Annual administration report of the Civil Veterinary Department of India - 1892-1893
Year: 1892
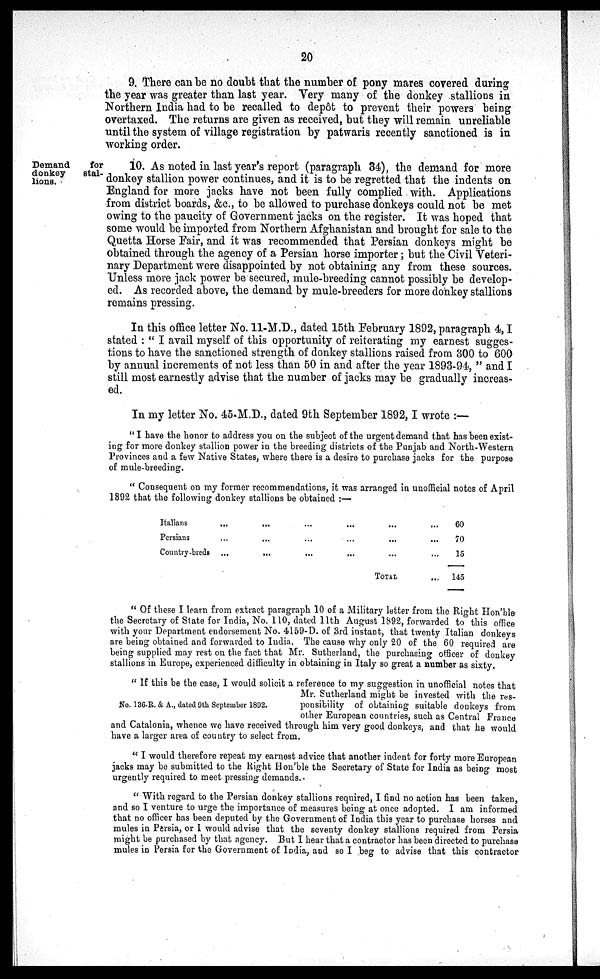
20
9. There can be no doubt that the number of pony mares covered during
the year was greater than last year. Very many of the donkey stallions in
Northern India had to be recalled to depôt to prevent their powers being
overtaxed. The returns are given as received, but they will remain unreliable
until the system of village registration by patwaris recently sanctioned is in
working order.
Demand
for
donkey
stal-
lions.
10. As noted in last year's report (paragraph 34), the demand for more
donkey stallion power continues, and it is to be regretted that the indents on
England for more jacks have not been fully complied with. Applications
from district boards, &c., to be allowed to purchase donkeys could not be met
owing to the paucity of Government jacks on the register. It was hoped that
some would be imported from Northern Afghanistan and brought for sale to the
Quetta Horse Fair, and it was recommended that Persian donkeys might be
obtained through the agency of a Persian horse importer; but the Civil Veteri-
nary Department were disappointed by not obtaining any from these sources.
Unless more jack power be secured, mule-breeding cannot possibly be develop-
ed. As recorded above, the demand by mule-breeders for more donkey stallions
remains pressing.
In this office letter No. 11-M.D., dated 15th February 1892, paragraph 4, I
stated: "I avail myself of this opportunity of reiterating my earnest sugges-
tions to have the sanctioned strength of donkey stallions raised from 300 to 600
by annual increments of not less than 50 in and after the year 1893-94," and I
still most earnestly advise that the number of jacks may be gradually increas-
ed.
In my letter No. 45-M.D., dated 9th September 1892, I wrote:—
"I have the honor to address you on the subject of the urgent demand that has been exist-
ing for more donkey stallion power in the breeding districts of the Punjab and North-Western
Provinces and a few Native States, where there is a desire to purchase jacks for the purpose
of mule-breeding.
"Consequent on my former recommendations, it was arranged in unofficial notes of April
1892 that the following donkey stallions be obtained:—
Italians ... ... ... ... ... ...
Persians ... ... ... ... ... ...
Country-breds ... ... ... ... ... ...
TOTAL ...
60
70
15
145
"Of these I learn from extract paragraph 10 of a Military letter from the Right Hon'ble
the Secretary of State for India, No. 110, dated 11th August 1892, forwarded to this office
with your Department endorsement No. 4159-D. of 3rd instant, that twenty Italian donkeys
are being obtained and forwarded to India. The cause why only 20 of the 60 required are
being supplied may rest on the fact that Mr. Sutherland, the purchasing officer of donkey
stallions in Europe, experienced difficulty in obtaining in Italy so great a number as sixty.
No. 136-R. & A., dated 9th September 1892.
" If this be the case, I would solicit a reference to my suggestion in unofficial notes that
Mr. Sutherland might be invested with the res-
ponsibility of obtaining suitable donkeys from
other European countries, such as Central Franco
and Catalonia, whence we have received through him very good donkeys, and that he would
have a larger area of county to select from.
" I would therefore repeat my earnest advice that another indent for forty more European
jacks may be submitted to the Right Hon'ble the Secretary of State for India as being most
urgently required to meet pressing demands.
" With regard to the Persian donkey stallions required, I find no action has been taken,
and so I venture to urge the importance of measures being at once adopted. I am informed
that no officer has been deputed by the Government of India this year to purchase horses and
mules in Persia, or I would advise that the seventy donkey stallions required from Persia
might be purchased by that agency. But I hear that a contractor has been directed to purchase
mules in Persia for the Government of India, and so I beg to advise that this contractor